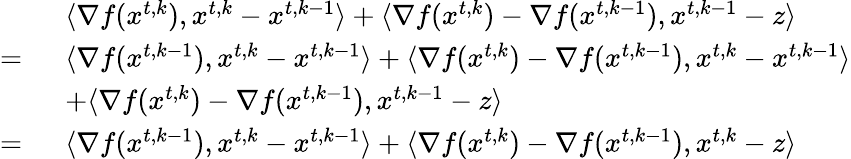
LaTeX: \begin{array}{rl}&{\langle\nabla f({x}^{t,k}),{x}^{t,k}-{x}^{t,k-1}\rangle+\langle\nabla f({x}^{t,k})-\nabla f({x}^{t,k-1}),{x}^{t,k-1}-{z}\rangle}\\ {=\ }&{\langle\nabla f({x}^{t,k-1}),{x}^{t,k}-{x}^{t,k-1}\rangle+\langle\nabla f({x}^{t,k})-\nabla f({x}^{t,k-1}),{x}^{t,k}-{x}^{t,k-1}\rangle}\\ &{+\langle\nabla f({x}^{t,k})-\nabla f({x}^{t,k-1}),{x}^{t,k-1}-{z}\rangle}\\ {=\ }&{\langle\nabla f({x}^{t,k-1}),{x}^{t,k}-{x}^{t,k-1}\rangle+\langle\nabla f({x}^{t,k})-\nabla f({x}^{t,k-1}),{x}^{t,k}-{z}\rangle}\end{array}